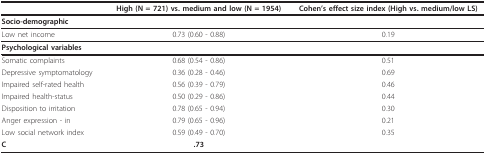
<table><thead><tr><td></td><td><b>High (N = 721) vs. medium and low (N = 1954)</b></td><td><b>Cohen&#x27;s effect size index (High vs. medium/low LS)</b></td></tr></thead><tbody><tr><td><b>Socio-demographic</b></td><td></td><td></td></tr><tr><td>Low net income</td><td>0.73 (0.60 - 0.88)</td><td>0.19</td></tr><tr><td><b>Psychological variables</b></td><td></td><td></td></tr><tr><td>Somatic complaints</td><td>0.68 (0.54 - 0.86)</td><td>0.51</td></tr><tr><td>Depressive symptomatology</td><td>0.36 (0.28 - 0.46)</td><td>0.69</td></tr><tr><td>Impaired self-rated health</td><td>0.56 (0.39 - 0.79)</td><td>0.46</td></tr><tr><td>Impaired health-status</td><td>0.50 (0.29 - 0.86)</td><td>0.44</td></tr><tr><td>Disposition to irritation</td><td>0.78 (0.65 - 0.94)</td><td>0.30</td></tr><tr><td>Anger expression - in</td><td>0.79 (0.65 - 0.96)</td><td>0.21</td></tr><tr><td>Low social network index</td><td>0.59 (0.49 - 0.70)</td><td>0.35</td></tr><tr><td><b>C</b></td><td><b>.73</b></td><td></td></tr></tbody></table>